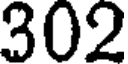
302